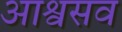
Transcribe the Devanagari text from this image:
आश्वसव